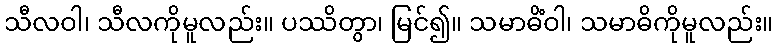
သီလဝါ၊ သီလကိုမူလည်း။ ပဿိတွာ၊ မြင်၍။ သမာဓိံဝါ၊ သမာဓိကိုမူလည်း။